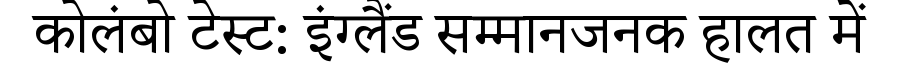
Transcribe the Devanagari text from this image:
कोलंबो टेस्ट: इंग्लैंड सम्मानजनक हालत में